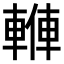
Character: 𨍙